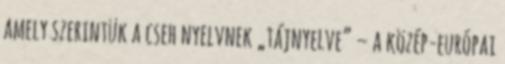
amely szerintük a cseh nyelvnek „tájnyelve” – a közép-európai